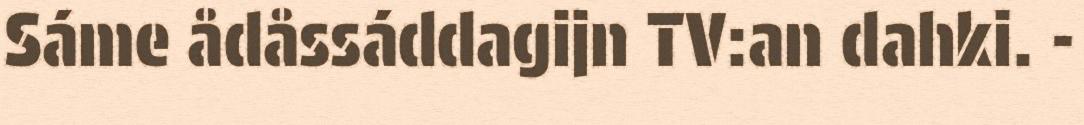
Sáme ådåssáddagijn TV:an dahki. -